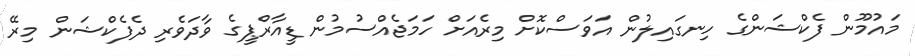
މައުމޫން ފެކްޝަންގެ ހިނގައިލުން އަވަސްކޮށް މިރެއަށް ހަމަޖެއްސުމުން ޑީއާރްޕީގެ ވާދަވެރި ދެފެކްޝަން މިރޭ